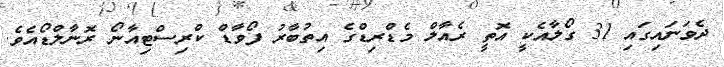
ދެވަނައިގައި 31 ގޯލާއެކީ އޮތީ ރެއާލް މެޑްރިޑްގެ އިތުބާރު ފޯވާޑް ކްރިސްޓިއާނޯ ރޮނާލްޑޯއެވެ.